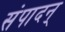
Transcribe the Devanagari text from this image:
संपादन्